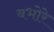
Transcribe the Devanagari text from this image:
बभोरे